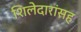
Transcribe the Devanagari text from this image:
शिलेदारांसह